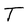
Character: T